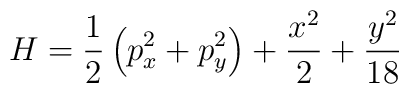
H=\frac{1}{2}\left( p_x^2 + p_y^2 \right)+\frac{x^2}{2}+\frac{y^2}{18}